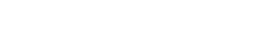
ခြေသည်း လက်သည်း ပြုပြင်မလား။